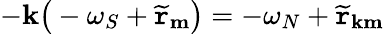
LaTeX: -\mathbf{k}\big(-\omega_{S}+\widetilde{{\mathtt{{r}}}}_{\mathbf{{m}}}\big)=-\omega_{N}+\widetilde{{\mathtt{{r}}}}_{\mathbf{k}\mathbf{{m}}}